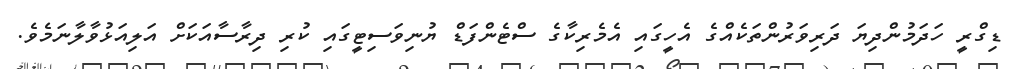
ޑިގްރީ ހަދަމުންދިޔަ ދަރިވަރުންތަކެއްގެ އެހީގައި އެމެރިކާގެ ސްޓެންފަޑް ޔުނިވަސިޓީގައި ކުރި ދިރާސާއަކަށް އަލިއަޅުވާލާނަމެވެ.